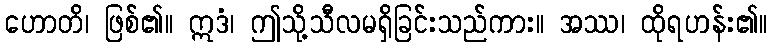
ဟောတိ၊ ဖြစ်၏။ ဣဒံ၊ ဤသို့သီလမရှိခြင်းသည်ကား။ အဿ၊ ထိုရဟန်း၏။